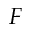
F